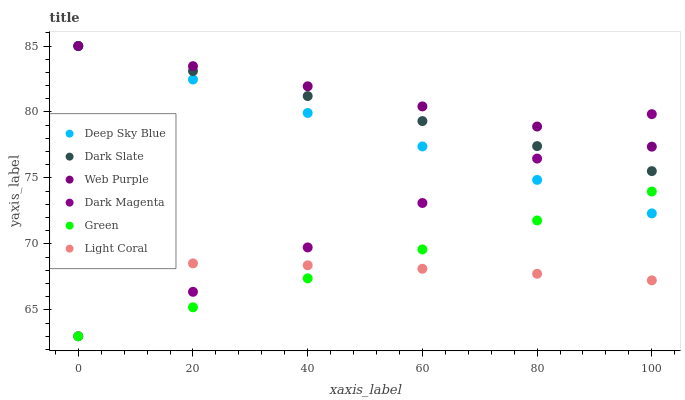
| xaxis_label | Deep Sky Blue | Dark Slate | Web Purple | Dark Magenta | Green | Light Coral |
 | --- | --- | --- | --- | --- | --- | --- |
 | 0 | 85 | 85 | 85 | 63 | 63 | 68.6 |
 | 20 | 82.5 | 83.1 | 83.5 | 66.4 | 65.2 | 68.5 |
 | 40 | 79.9 | 81.2 | 81.9 | 69.7 | 67.4 | 68.4 |
 | 60 | 77.4 | 79.3 | 80.4 | 73.1 | 69.6 | 68.1 |
 | 80 | 74.9 | 77.4 | 78.9 | 76.5 | 71.8 | 67.7 |
 | 100 | 72.3 | 75.5 | 77.4 | 79.8 | 74 | 67.2 |